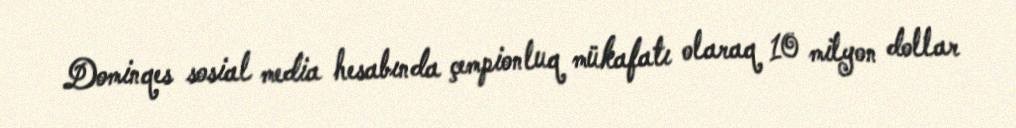
Dominqes sosial media hesabında çempionluq mükafatı olaraq 10 milyon dollar